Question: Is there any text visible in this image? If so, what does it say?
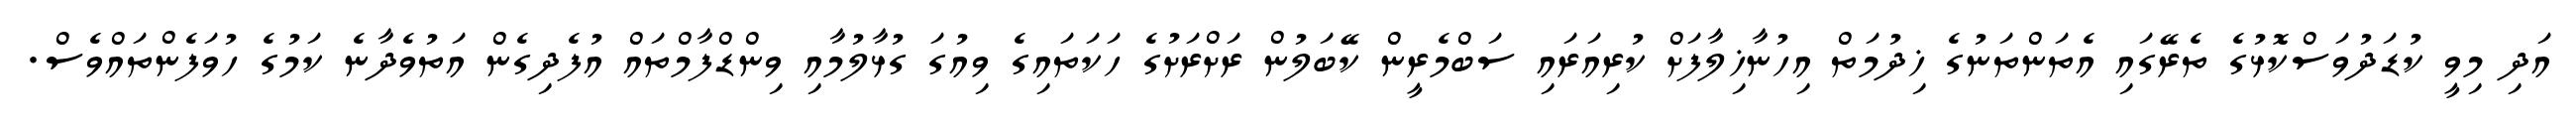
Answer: އަދި މިވީ ކުޑަދުވަސްކޮޅުގެ ތެރޭގައި އެތަންތަނުގެ ޚިދުމަތް އިހުނާޚިލާފަށް ކުރިއަރައި ސަބްމެރީން ކޭބަލުން ރަށްރަށުގެ ހަކަތައިގެ ވިއުގަ ގުޅާލުމާއި ވިންޑްފާމްތައް އުފެދިގެން އަތުވެދާނެ ކަމުގެ ހުވަފެންތައްވެސް.